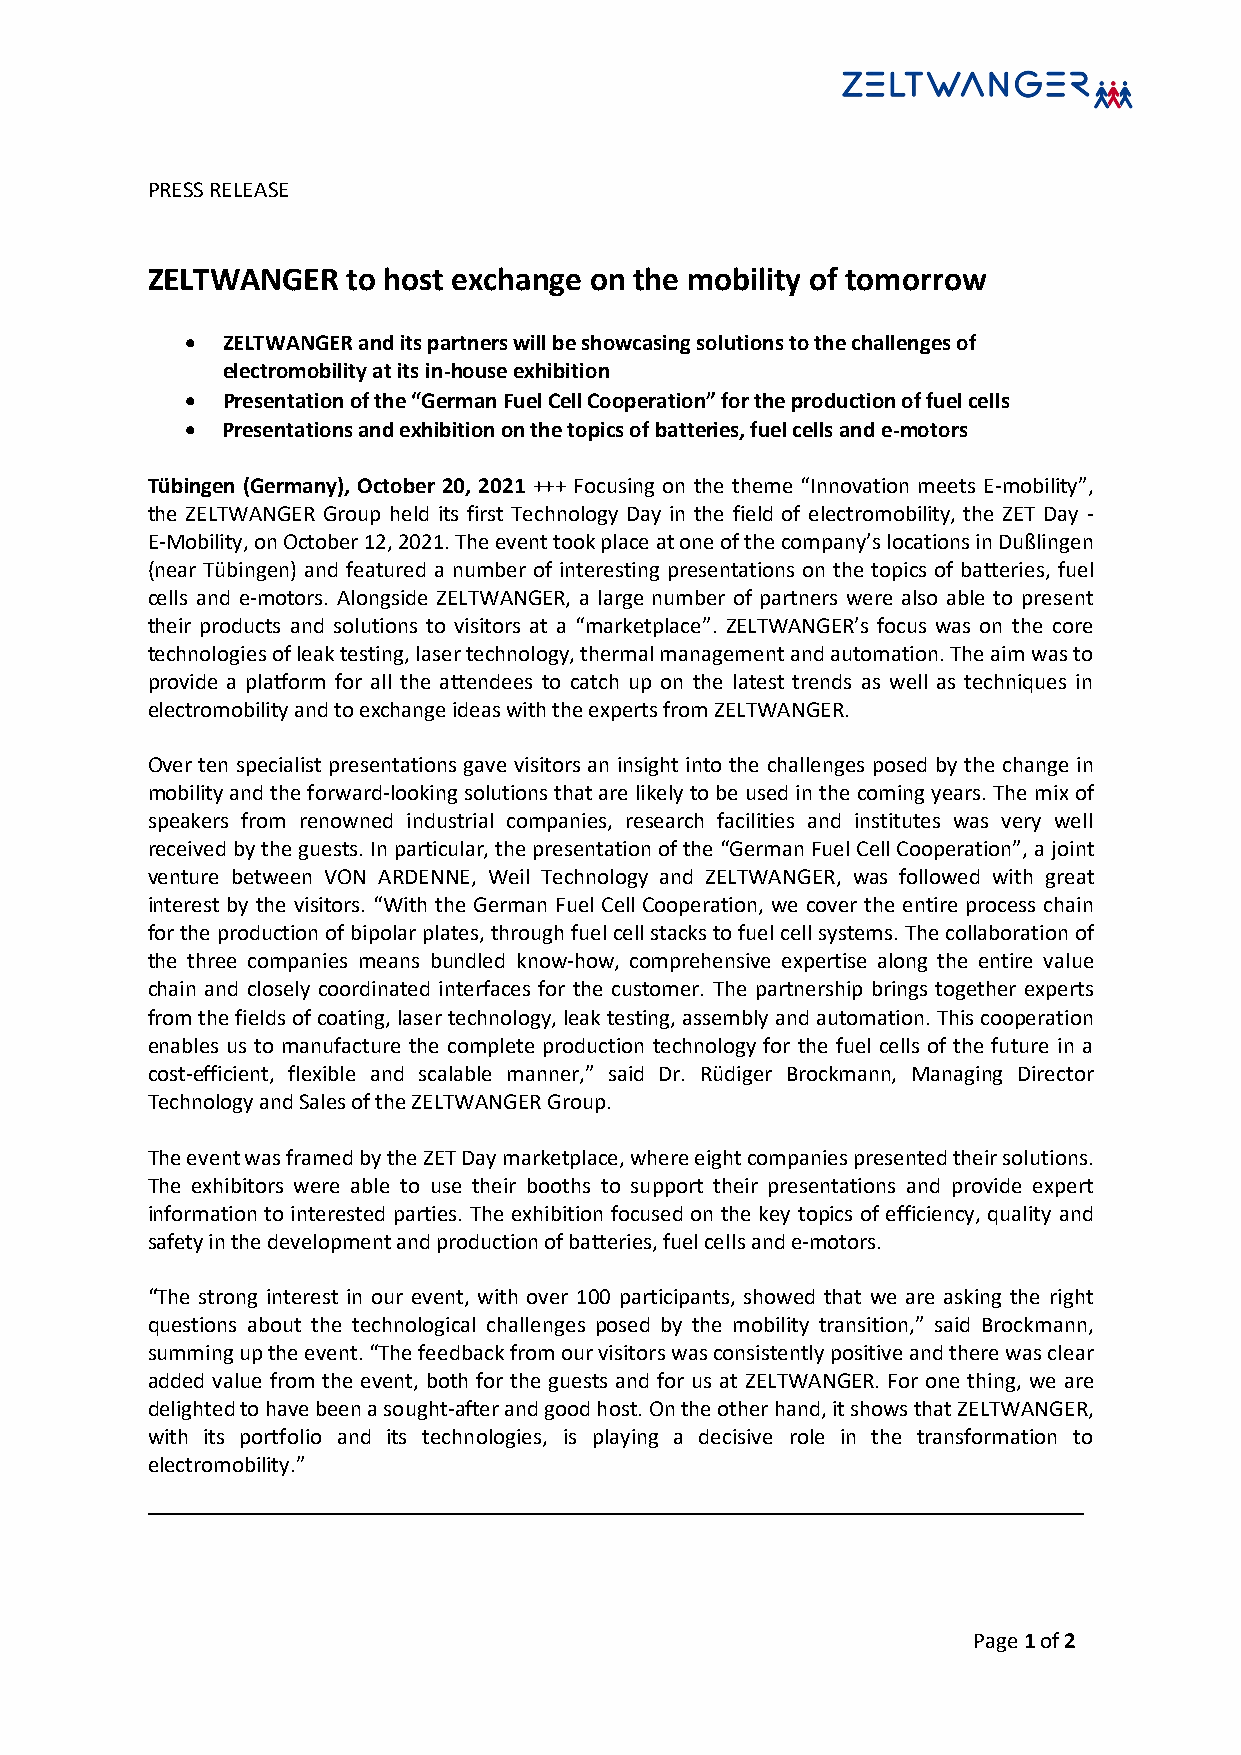
PRESS RELEASE
 ZELTWANGER   to host exchange on the mobility of tomorrow
 •  ZELTWANGER and its partners will be showcasing solutions to the challenges of
 electromobility at its in-house exhibition
 •  Presentation of the “German Fuel Cell Cooperation” for the production of fuel cells
 •  Presentations and exhibition on the topics of batteries, fuel cells and e-motors
 Tübingen (Germany), October 20, 2021 +++ Focusing on the theme “Innovation meets E-mobility”,
 the ZELTWANGER Group held its first Technology Day in the field of electromobility, the ZET Day -
 E-Mobility, on October 12, 2021. The event took place at one of the company’s locations in Dußlingen
 (near Tübingen) and featured a number of interesting presentations on the topics of batteries, fuel
 cells and e-motors. Alongside ZELTWANGER, a large number of partners were also able to present
 their products and solutions to visitors at a “marketplace”. ZELTWANGER’s focus was on the core
 technologies of leak testing, laser technology, thermal management and automation. The aim was to
 provide a platform for all the attendees to catch up on the latest trends as well as techniques in
 electromobility and to exchange ideas with the experts from ZELTWANGER.
 Over ten specialist presentations gave visitors an insight into the challenges posed by the change in
 mobility and the forward-looking solutions that are likely to be used in the coming years. The mix of
 speakers from renowned industrial companies, research facilities and institutes was very well
 received by the guests. In particular, the presentation of the “German Fuel Cell Cooperation”, a joint
 venture between VON ARDENNE, Weil Technology and ZELTWANGER, was followed with great
 interest by the visitors. “With the German Fuel Cell Cooperation, we cover the entire process chain
 for the production of bipolar plates, through fuel cell stacks to fuel cell systems. The collaboration of
 the three companies means bundled know-how, comprehensive expertise along the entire value
 chain and closely coordinated interfaces for the customer. The partnership brings together experts
 from the fields of coating, laser technology, leak testing, assembly and automation. This cooperation
 enables us to manufacture the complete production technology for the fuel cells of the future in a
 cost-efficient, flexible and scalable manner,” said Dr. Rüdiger Brockmann, Managing Director
 Technology and Sales of the ZELTWANGER Group.
 The event was framed by the ZET Day marketplace, where eight companies presented their solutions.
 The exhibitors were able to use their booths to support their presentations and provide expert
 information to interested parties. The exhibition focused on the key topics of efficiency, quality and
 safety in the development and production of batteries, fuel cells and e-motors.
 “The strong interest in our event, with over 100 participants, showed that we are asking the right
 questions about the technological challenges posed by the mobility transition,” said Brockmann,
 summing up the event. “The feedback from our visitors was consistently positive and there was clear
 added value from the event, both for the guests and for us at ZELTWANGER. For one thing, we are
 delighted to have been a sought-after and good host. On the other hand, it shows that ZELTWANGER,
 with its portfolio and its technologies, is playing a decisive role in the transformation to
 electromobility.”
 Page 1 of 2